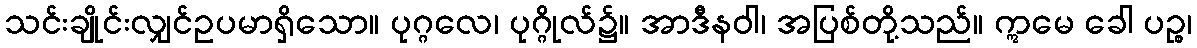
သင်းချိုင်းလျှင်ဥပမာရှိသော။ ပုဂ္ဂလေ၊ ပုဂ္ဂိုလ်၌။ အာဒီနဝါ၊ အပြစ်တို့သည်။ ဣမေ ခေါ ပဉ္စ၊